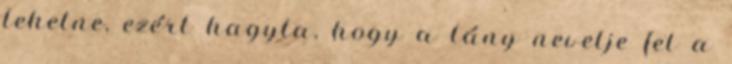
lehetne, ezért hagyta, hogy a lány nevelje fel a